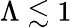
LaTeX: \Lambda\lesssim 1